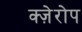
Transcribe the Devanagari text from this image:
क्ज़ेरोप